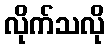
လိုက်သလို